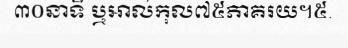
៣០នាទី ឬអាល់កុល៧៥ភាគរយ។៥.